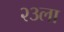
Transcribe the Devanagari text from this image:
२३ला